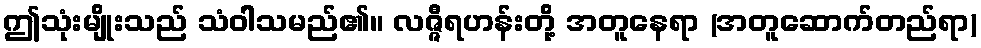
ဤသုံးမျိုးသည် သံဝါသမည်၏။ လဇ္ဇီရဟန်းတို့ အတူနေရာ (အတူဆောက်တည်ရာ)